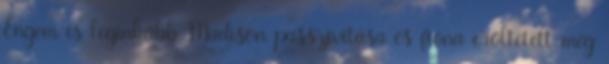
Engem is leginkább Madison passzivitása és fiona erőltetett még